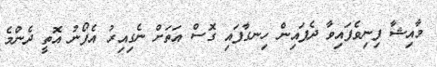
މާއިޝާ ފިނިވެފައިވާ ދެފައިން ހިނގާފައި ގޮސް އަތަށް ނެގިއިރު އެފޯނު އޮތީ ދެންމެ